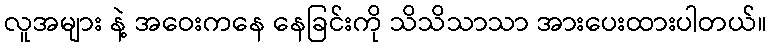
လူအများ နဲ့ အဝေးကနေ နေခြင်းကို သိသိသာသာ အားပေးထားပါတယ်။